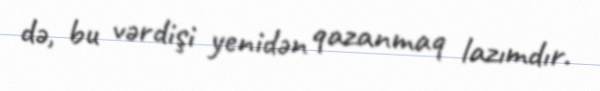
də, bu vərdişi yenidən qazanmaq lazımdır.